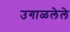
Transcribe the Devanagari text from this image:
उगाळलेले